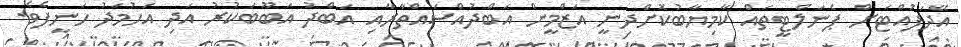
އޭދަފުއްޓަށް ޕެނަލްޓީތައް ކާމިޔާބުކޮށްދިނީ އަޒްމީން އަބްދުއްސައްތާރާއި އަބްދު އަބޫބަކުރު އަދި އަހުމަދު ހަނީފެވެ.